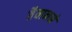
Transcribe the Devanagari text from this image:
तैवानने